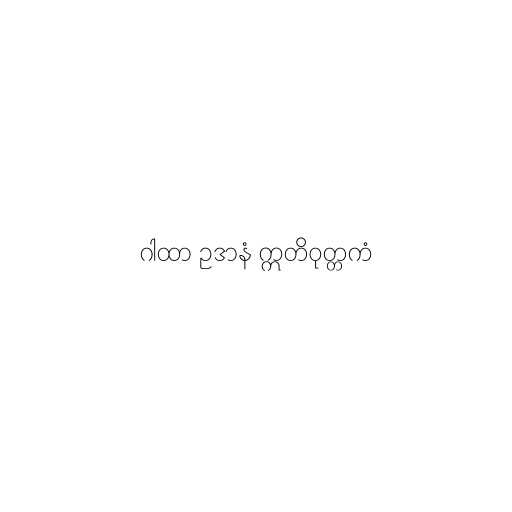
ဂါထာ ဥဒာနံ ဣတိဝုတ္တကံ